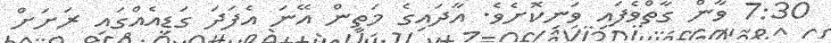
7:30 ވާން ގާތްވެފައި ވަނިކޮށެވެ. އާދައިގެ މަތިން އޭނަ އެފަދަ ގަޑިއެއްގައި ރަށަށް